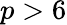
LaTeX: p>6